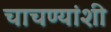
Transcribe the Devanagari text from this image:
चाचण्यांशी